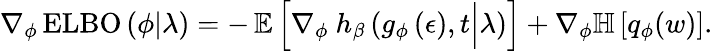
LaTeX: \begin{array}{r}{\nabla_{\phi}\operatorname{ELBO}\left(\phi\vert\lambda\right)=-\operatorname{\mathbb{E}}\left[\nabla_{\phi}\ h_{\beta}\left(g_{\phi}\left(\epsilon\right),t\Big|\lambda\right)\right]+\nabla_{\phi}\mathbb{H}\left[q_{\phi}(w)\right].}\end{array}